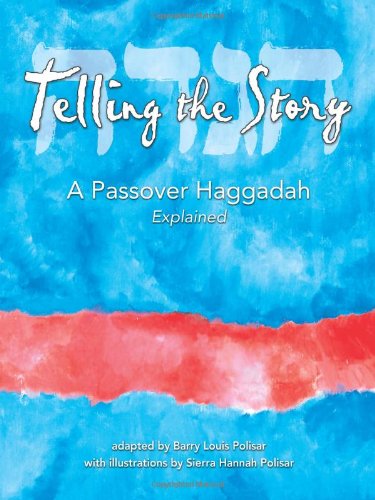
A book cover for Telling the Story: A Passover Haggadah Explained; Barry Louis Polisar; Religion & Spirituality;